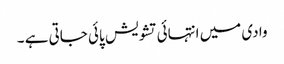
وادی میں انتہائی تشویش پائی جاتی ہے ۔